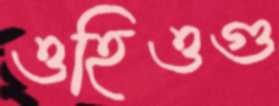
ওহিওগু